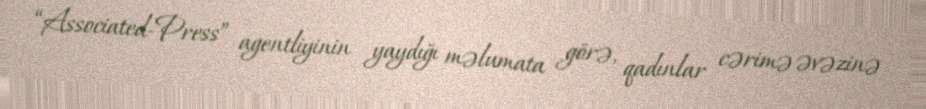
“Associated-Press” agentliyinin yaydığı məlumata görə, qadınlar cərimə əvəzinə